Scientific memoirs by medical officers of the Army of India - Part IX,
Year: 1895
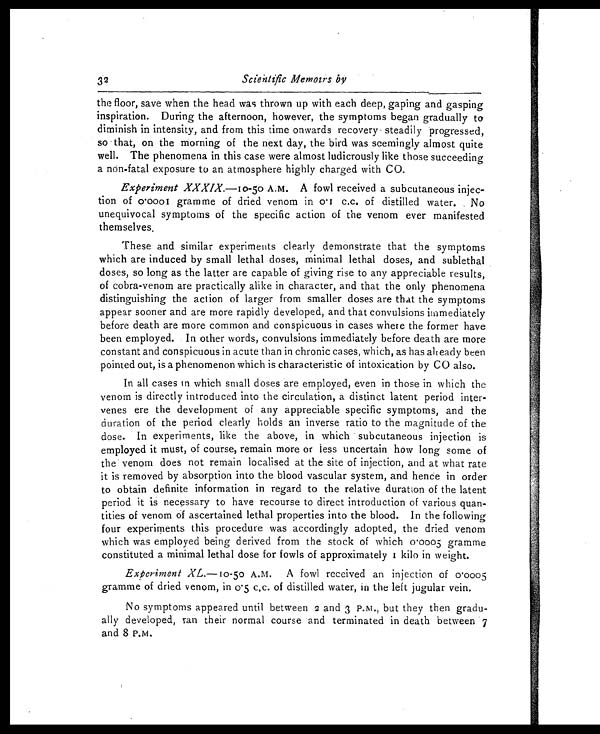
32
Scientific Memoirs by
the floor, save when the head was thrown up with each deep, gaping and gasping
inspiration. During the afternoon, however, the symptoms began gradually to
diminish in intensity, and from this time onwards recovery steadily progressed,
so that, on the morning of the next day, the bird was seemingly almost quite
well. The phenomena in this case were almost ludicrously like those succeeding
a non-fatal exposure to an atmosphere highly charged with CO.
Experiment XXXIX.—10-50 A.M. A fowl received a subcutaneous injec-
tion of 0.0001 gramme of dried venom in 0.1 c.c. of distilled water. No
unequivocal symptoms of the specific action of the venom ever manifested
themselves.
These and similar experiments clearly demonstrate that the symptoms
which are induced by small lethal doses, minimal lethal doses, and sublethal
doses, so long as the latter are capable of giving rise to any appreciable results,
of cobra-venom are practically alike in character, and that the only phenomena
distinguishing the action of larger from smaller doses are that the symptoms
appear sooner and are more rapidly developed, and that convulsions immediately
before death are more common and conspicuous in cases where the former have
been employed. In other words, convulsions immediately before death are more
constant and conspicuous in acute than in chronic cases, which, as has all eady been
pointed out, is a phenomenon which is characteristic of intoxication by CO also.
In all cases in which small doses are employed, even in those in which the
venom is directly introduced into the circulation, a distinct latent period inter-
venes ere the development of any appreciable specific symptoms, and the
duration of the period clearly holds an inverse ratio to the magnitude of the
dose. In experiments, like the above, in which subcutaneous injection is
employed it must, of course, remain more or less uncertain how long some of
the venom does not remain localised at the site of injection, and at what rate
it is removed by absorption into the blood vascular system, and hence in order
to obtain definite information in regard to the relative duration of the latent
period it is necessary to have recourse to direct introduction of various quan-
tities of venom of ascertained lethal properties into the blood. In the following
four experiments this procedure was accordingly adopted, the dried venom
which was employed being derived from the stock of which 0.0005 gramme
constituted a minimal lethal dose for fowls of approximately 1 kilo in weight.
Experiment XL .— 10-50 A.M. A fowl received an injection of 0.0005
gramme of dried venom, in 0.5 c.c. of distilled water, in the left jugular vein.
No symptoms appeared until between 2 and 3 P.M , but they then gradu-
ally developed, ran their normal course and terminated in death between 7
and 8 P.M.